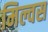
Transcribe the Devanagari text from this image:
मिल्वस